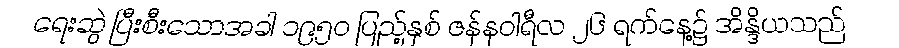
ရေးဆွဲ ပြီးစီးသောအခါ ၁၉၅၀ ပြည့်နှစ် ဇန်နဝါရီလ ၂၆ ရက်နေ့၌ အိန္ဒိယသည်